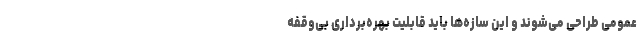
عمومی طراحی می‌شوند و این سازه‌ها باید قابلیت بهره‌برداری بی‌وقفه